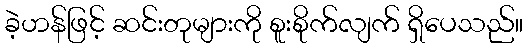
ခဲ့ဟန်ဖြင့် ဆင်းတုများကို စူးစိုက်လျက် ရှိပေသည်။